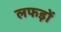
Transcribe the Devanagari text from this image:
लफड़ों